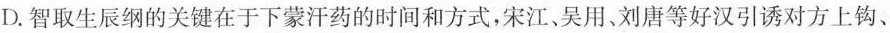
D.智取生辰纲的关键在于下蒙汗药的时间和方式，宋江、吴用、刘唐等好汉引诱对方上钩、